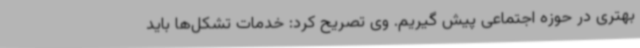
بهتری در حوزه اجتماعی پیش گیریم. وی تصریح کرد: خدمات تشکل‌ها باید